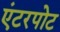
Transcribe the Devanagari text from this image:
एंटरपोट